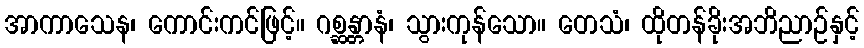
အာကာသေန၊ ကောင်းကင်ဖြင့်။ ဂစ္ဆန္တာနံ၊ သွားကုန်သော။ တေသံ၊ ထိုတန်ခိုးအဘိညာဉ်နှင့်